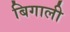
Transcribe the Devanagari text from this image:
बिगाली